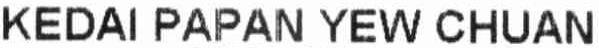
KEDAI PAPAN YEW CHUAN